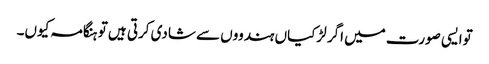
توایسی صورت میں اگر لڑکیاں ہندووں سے شادی کرتی ہیں تو ہنگامہ کیوں۔